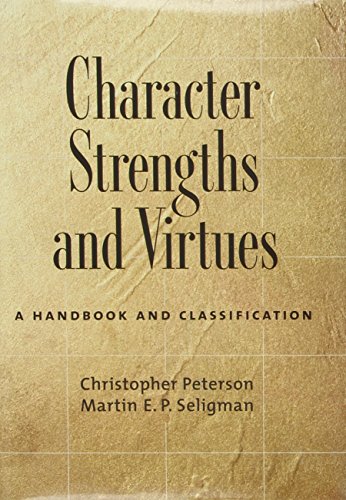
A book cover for Character Strengths and Virtues: A Handbook and Classification; Christopher Peterson; Medical Books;